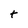
Character: t